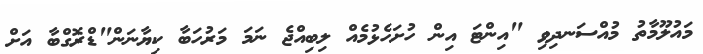
މައުލޫމާތު މުއްސަނދިވި "އިންޓަ އިން ހުށަހެޅުމެއް ލިބިއްޖެ ނަމަ މަރުހަބާ ކިޔާނަން"ޑްރޮގްބާ އަށް